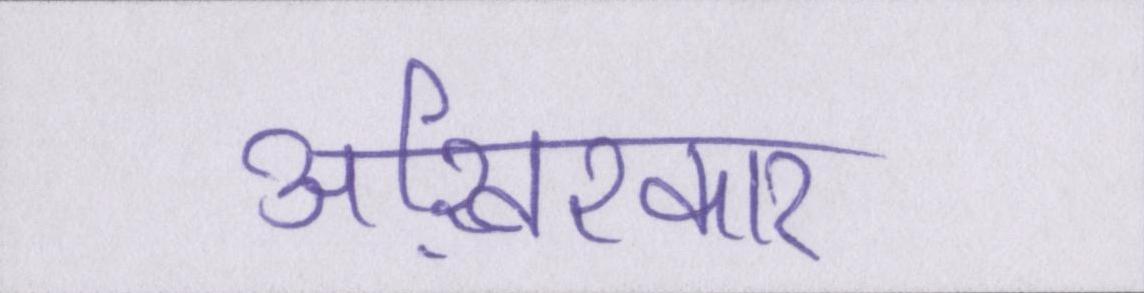
आख़िरकार